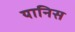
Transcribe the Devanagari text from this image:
यानिस